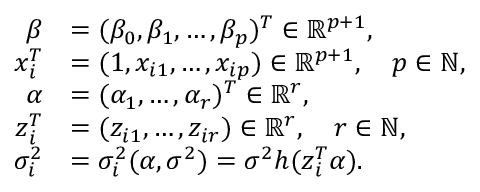
\begin{array} { r l } { \boldsymbol { \beta } } & { = ( \beta _ { 0 } , \beta _ { 1 } , \ldots , \beta _ { p } ) ^ { T } \in \mathbb { R } ^ { p + 1 } , } \\ { \boldsymbol { x } _ { i } ^ { T } } & { = ( 1 , x _ { i 1 } , \ldots , x _ { i p } ) \in \mathbb { R } ^ { p + 1 } , \quad p \in \mathbb { N } , } \\ { \boldsymbol { \alpha } } & { = ( \alpha _ { 1 } , \ldots , \alpha _ { r } ) ^ { T } \in \mathbb { R } ^ { r } , } \\ { \boldsymbol { z } _ { i } ^ { T } } & { = ( z _ { i 1 } , \ldots , z _ { i r } ) \in \mathbb { R } ^ { r } , \quad r \in \mathbb { N } , } \\ { \sigma _ { i } ^ { 2 } } & { = \sigma _ { i } ^ { 2 } ( \boldsymbol { \alpha } , \sigma ^ { 2 } ) = \sigma ^ { 2 } h ( \boldsymbol { z } _ { i } ^ { T } \boldsymbol { \alpha } ) . } \end{array}